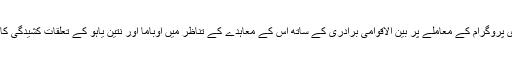
ایران کے جوہری پروگرام کے معاملے پر بین الاقوامی برادری کے ساتھ اس کے معاہدے کے تناظر میں اوباما اور نتین یاہو کے تعلقات کشیدگی کا شکار رہے ہیں۔